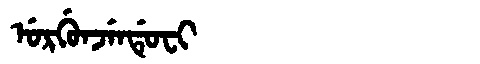
Manchu: ᡠᡵᡤᡠᠨᠵᡝᠨᡩᡠᠸᡳ
Romanization: URGUNJENDUFI